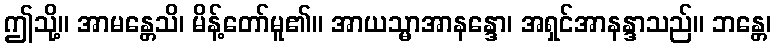
ဤသို့။ အာမန္တေသိ၊ မိန့်တော်မူ၏။ အာယသ္မာအာနန္ဒော၊ အရှင်အာနန္ဒာသည်။ ဘန္တေ၊